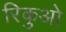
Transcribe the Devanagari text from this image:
रिकुओ